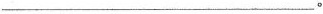
___。